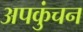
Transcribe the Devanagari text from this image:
अपकुंचन